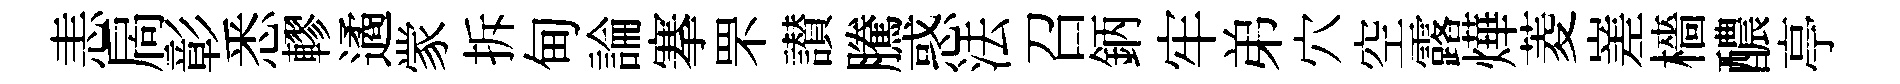
恚扄彰悉轇遹䝉拆甸論搴罘讃騰惑法召鈵牢弟穴空露燁菱嵳檣醲亭